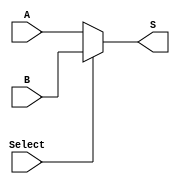
module MUX32(
A,B,Select,S
    );
    input [31:0] A,B;
    input Select;
    output [31:0] S;
    assign S = (Select==0) ? A:B;
endmodule